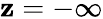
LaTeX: \mathbf{z}=-\infty